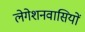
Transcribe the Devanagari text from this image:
लेगेशनवासियों